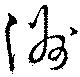
洲